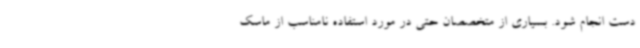
دست انجام شود. بسیاری از متخصصان حتی در مورد استفاده نامناسب از ماسک